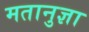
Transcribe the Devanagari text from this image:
मतानुज्ञा